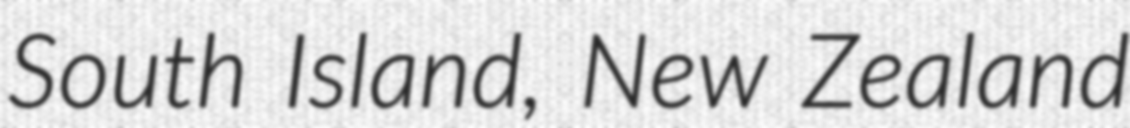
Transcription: South Island, New Zealand